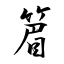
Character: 篃